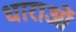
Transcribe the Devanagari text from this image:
धाराआें